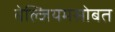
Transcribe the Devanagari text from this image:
बेल्जियमसोबत